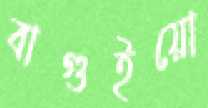
বাগুইয়ো